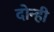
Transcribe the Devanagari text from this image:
दोन्‍ही